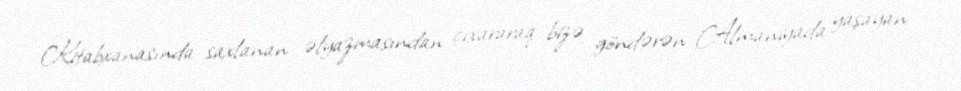
Kitabxanasında saxlanan əlyazmasından çıxararaq bizə göndərən Almaniyada yaşayan